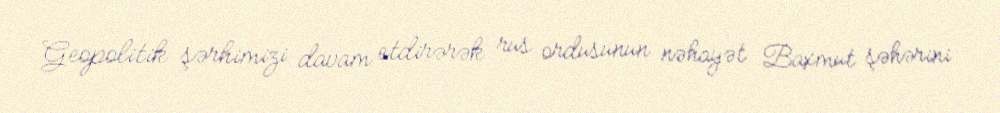
Geopolitik şərhimizi davam etdirərək rus ordusunun nəhayət Baxmut şəhərini